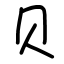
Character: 贝